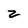
Character: z